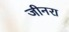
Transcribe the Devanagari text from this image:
जीनरा